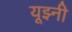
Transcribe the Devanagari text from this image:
यूझ्नी